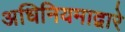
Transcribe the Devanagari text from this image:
अधिनियमाद्वारे